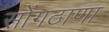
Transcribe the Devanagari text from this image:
सोंगठाणा